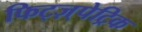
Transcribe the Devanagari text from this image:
फिट्ज़्पेट्रिक